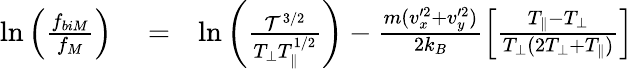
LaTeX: \begin{array}{rlr}{\ln\left(\frac{f_{biM}}{f_{M}}\right)}&{{}=}&{\ln\left(\frac{{\cal T}^{3/2}}{T_{\perp}T_{\parallel}^{1/2}}\right)-\frac{m(v_{x}^{\prime 2}+v_{y}^{\prime 2})}{2k_{B}}\left[\frac{T_{\parallel}-T_{\perp}}{T_{\perp}(2T_{\perp}+T_{\parallel})}\right]}\end{array}